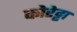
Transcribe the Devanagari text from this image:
कोरेट्टा